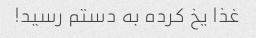
غذا یخ کرده به دستم رسید!